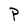
Character: P